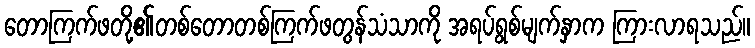
တောကြက်ဖတို့၏တစ်တောတစ်ကြက်ဖတွန်သံသာကို အရပ်ရွစ်မျက်နှာက ကြားလာရသည်။